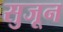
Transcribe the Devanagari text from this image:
सुजून